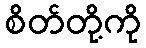
စိတ်တို့ကို